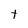
Character: t